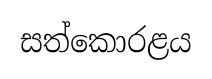
සත්කොරළය